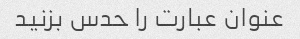
عنوان عبارت را حدس بزنید